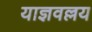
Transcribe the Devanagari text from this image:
याज्ञवल्लय